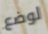
لوضع